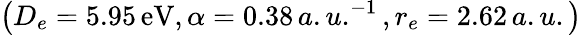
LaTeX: \left(D_{e}=5.95\, \mathrm{eV},\alpha=0.38\, a.u.^{-1},r_{e}=2.62\, a.u.\right)